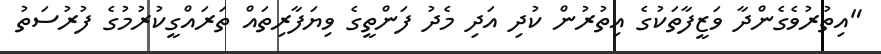
"އިތުރުވެގެންދާ ވަޒީފާތަކުގެ އިތުރުން ކުދި އަދި މެދު ފަންތީގެ ވިޔަފާރިތައް ތަރައްގީކުރުމުގެ ފުރުސަތު